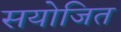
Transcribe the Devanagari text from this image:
सयोजित